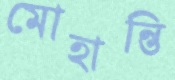
মোহান্তি